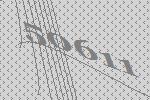
50611